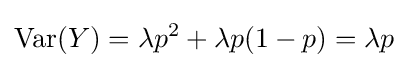
\operatorname {Var} (Y)=\lambda p^{2}+\lambda p(1-p)=\lambda p